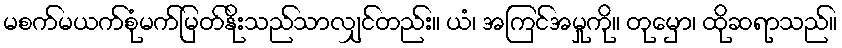
မစက်မယက်စုံမက်မြတ်နိုးသည်သာလျှင်တည်း။ ယံ၊ အကြင်အမှုကို။ တုမှော၊ ထိုဆရာသည်။